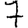
Digit: 7